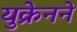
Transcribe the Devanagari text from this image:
युक्रेनने